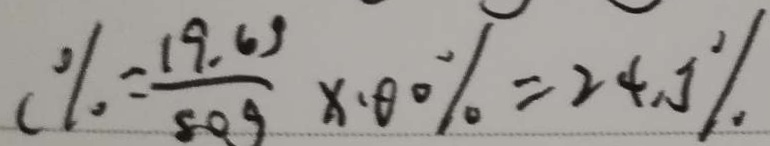
c \% = \frac { 1 9 . 6 g } { 8 0 g } \times 1 0 0 \% = 2 4 . 5 \%